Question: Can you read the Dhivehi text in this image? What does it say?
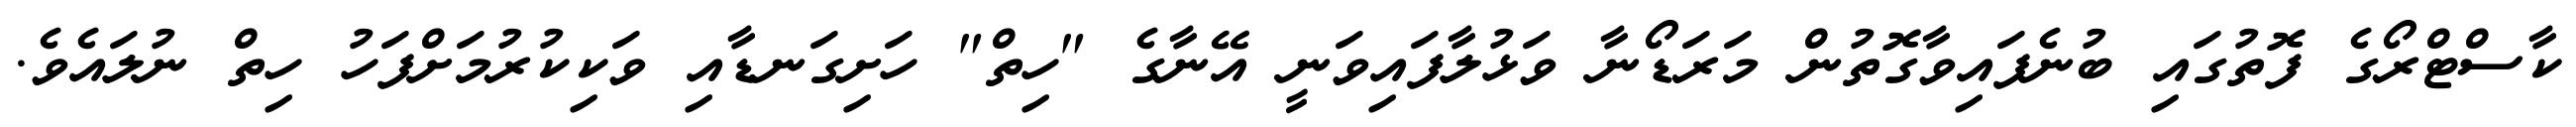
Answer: ކާސްޓްރޯގެ ފޮތުގައި ބުނެފައިވާގޮތުން މަރަޑޯނާ ވަޅުލާފައިވަނީ އޭނާގެ "ހިތް" ހަށިގަނޑާއި ވަކިކުރުމަށްފަހު ހިތް ނުލައެވެ.